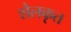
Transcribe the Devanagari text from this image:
शैलकृत